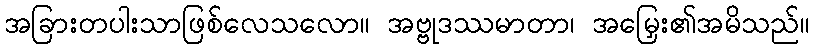
အခြားတပါးသာဖြစ်လေသလော။ အဗ္ဗုဒဿမာတာ၊ အမြှေး၏အမိသည်။